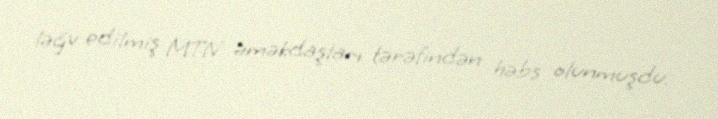
ləğv edilmiş MTN əməkdaşları tərəfindən həbs olunmuşdu.